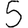
Digit: 5